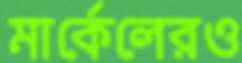
মার্কেলেরও